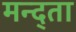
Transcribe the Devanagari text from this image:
मन्द्ता